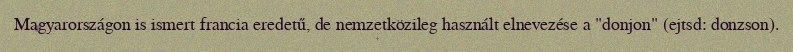
Magyarországon is ismert francia eredetű, de nemzetközileg használt elnevezése a "donjon" (ejtsd: donzson).